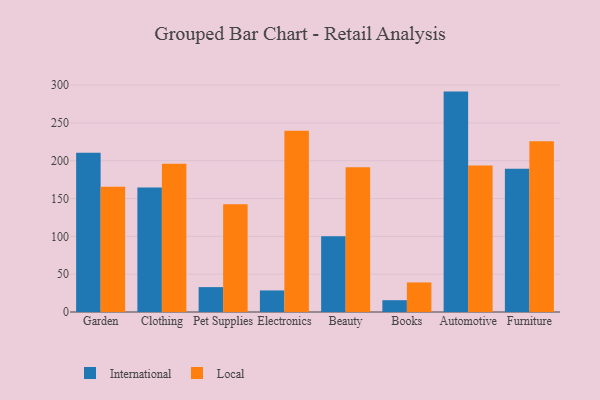
{"axis": {"x": "Category", "y": "Website Visitors"}, "legend": ["International", "Local"], "data": [{"x": "Garden", "y": 210.5, "type": "International"}, {"x": "Garden", "y": 165.7, "type": "Local"}, {"x": "Clothing", "y": 164.5, "type": "International"}, {"x": "Clothing", "y": 195.9, "type": "Local"}, {"x": "Pet Supplies", "y": 32.9, "type": "International"}, {"x": "Pet Supplies", "y": 142.3, "type": "Local"}, {"x": "Electronics", "y": 28.5, "type": "International"}, {"x": "Electronics", "y": 239.5, "type": "Local"}, {"x": "Beauty", "y": 100.2, "type": "International"}, {"x": "Beauty", "y": 191.4, "type": "Local"}, {"x": "Books", "y": 15.6, "type": "International"}, {"x": "Books", "y": 39.1, "type": "Local"}, {"x": "Automotive", "y": 291.4, "type": "International"}, {"x": "Automotive", "y": 193.6, "type": "Local"}, {"x": "Furniture", "y": 189.3, "type": "International"}, {"x": "Furniture", "y": 225.9, "type": "Local"}]}